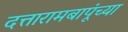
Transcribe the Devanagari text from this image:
दत्तारामबापूंच्या